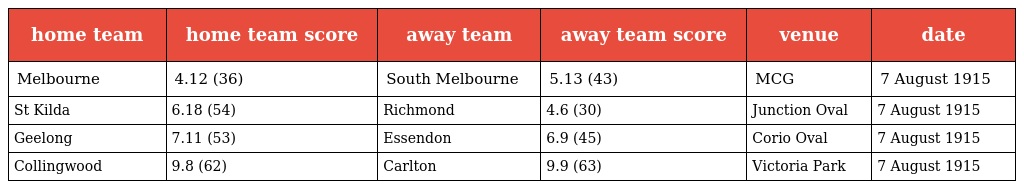
| home team | home team score | away team | away team score | venue | date |
 | --- | --- | --- | --- | --- | --- |
 | Melbourne | 4.12 (36) | South Melbourne | 5.13 (43) | MCG | 7 August 1915 |
 | St Kilda | 6.18 (54) | Richmond | 4.6 (30) | Junction Oval | 7 August 1915 |
 | Geelong | 7.11 (53) | Essendon | 6.9 (45) | Corio Oval | 7 August 1915 |
 | Collingwood | 9.8 (62) | Carlton | 9.9 (63) | Victoria Park | 7 August 1915 |